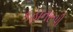
કહાનરૂપી